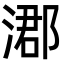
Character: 㴫